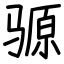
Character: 𫘪